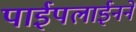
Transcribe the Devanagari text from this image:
पाईपलाईनने